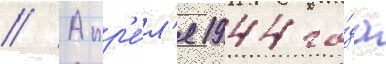
// Апр'е́л'я 1944 го́да